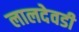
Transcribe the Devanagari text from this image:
लालदेवडी